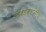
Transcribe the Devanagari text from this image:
आंबेडकरांनीच